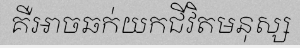
គឺអាចឆក់យកជីវិតមនុស្ស